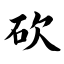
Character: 砍